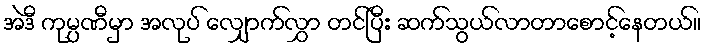
အဲဒီ ကုမ္ပဏီမှာ အလုပ် လျှောက်လွှာ တင်ပြီး ဆက်သွယ်လာတာစောင့်နေတယ်။